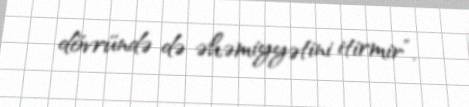
dövründə də əhəmiyyətini itirmir”.